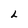
Character: L